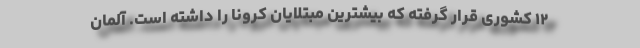
۱۲ کشوری قرار گرفته که بیشترین مبتلایان کرونا را داشته است. آلمان